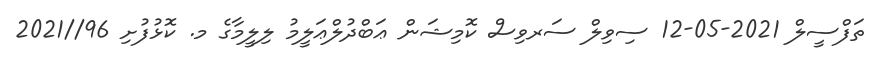
ތަފްސީލް 2021-05-12 ސިވިލް ސަރވިސް ކޮމިޝަން ޢަބްދުލްޢަލީމު ލިލީމާގެ މ. ކޮޅުފުށި 96//2021